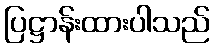
ပြဋ္ဌာန်းထားပါသည်